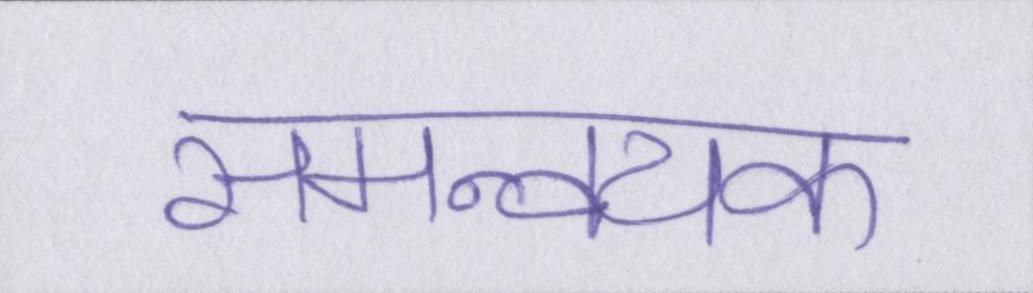
समन्वयक